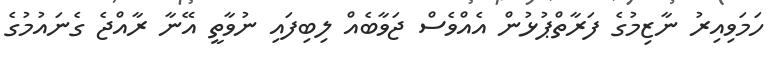
ހަމަވިއިރު ނާޒިމުގެ ފަރާތްޕުޅުން އެއްވެސް ޖަވާބެއް ލިބިފައި ނުވާތީ އޭނާ ރާއްޖެ ގެނައުމުގެ